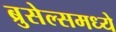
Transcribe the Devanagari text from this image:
ब्रुसेल्समध्ये